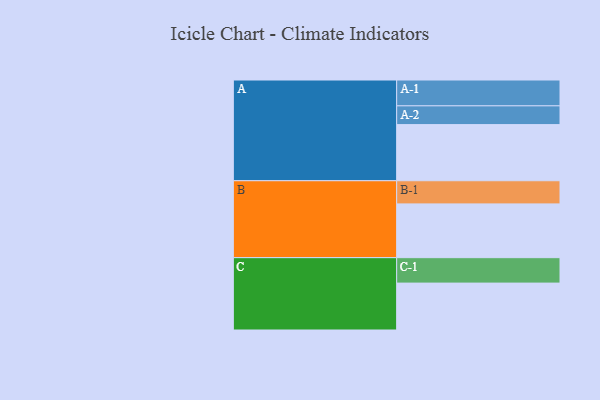
{"axis": {"x": "Segment", "y": "Value"}, "legend": ["", "A", "B", "C"], "data": [{"x": "A", "y": 589, "type": ""}, {"x": "B", "y": 564, "type": ""}, {"x": "C", "y": 492, "type": ""}, {"x": "A-1", "y": 271, "type": "A"}, {"x": "A-2", "y": 197, "type": "A"}, {"x": "B-1", "y": 243, "type": "B"}, {"x": "C-1", "y": 267, "type": "C"}]}